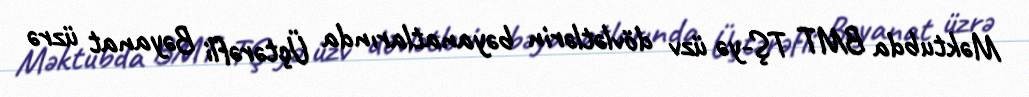
Məktubda BMT TŞ-yə üzv dövlətlərin bəyanatlarında Üçtərəfli Bəyanat üzrə